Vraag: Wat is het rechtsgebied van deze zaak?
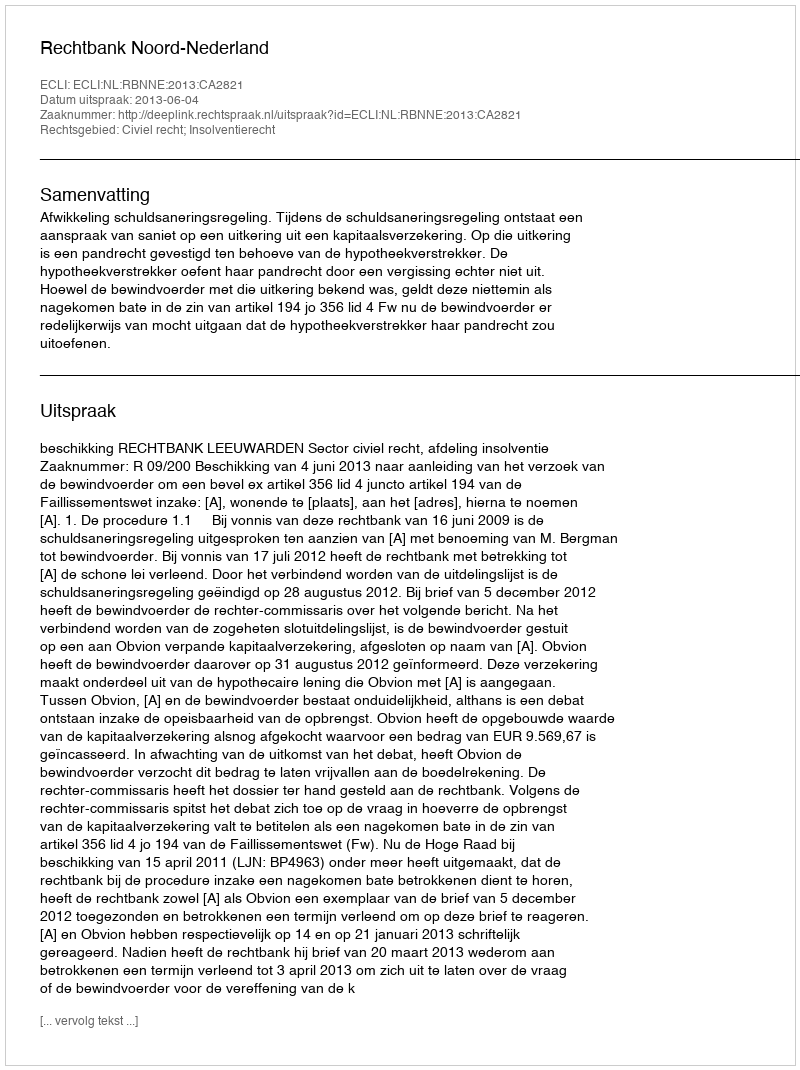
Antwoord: Civiel recht; Insolventierecht